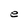
Character: e